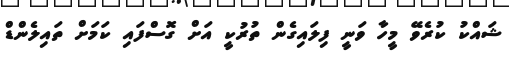
ޝައްްކު ކުރެވޭ މީހާ ވަނީ ފިލައިގެން ތުރުކީ އަށް ގޮސްފައި ކަމަށް ތައިލެންޑް